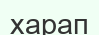
харап